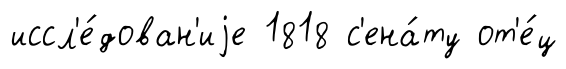
иссл'е́дован'иjе 1818 с'ена́ту от'е́ц